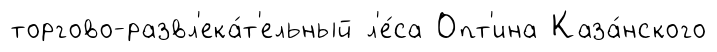
торгово-развл'ека́т'ельный л'е́са Опт'ина Каза́нского